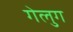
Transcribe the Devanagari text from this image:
गेलुग